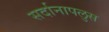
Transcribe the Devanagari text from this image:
सर्दानापलुस